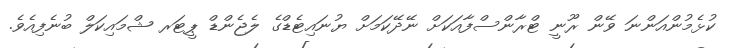
ކުޅެމުންއަންނަ ވޭން ރޫނީ ޓްރާންސްފާއަކަށް ނޭދޭކަމަށް ޔުނައިޓެޑްގެ ލެޖެންޑް ޕީޓަރ ޝްމައިކަލް ބުނެފިއެވެ.